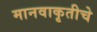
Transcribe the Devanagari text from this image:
मानवाकृतीचे